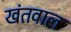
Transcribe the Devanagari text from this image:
खंतवाल